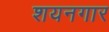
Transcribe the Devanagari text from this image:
शयनगार